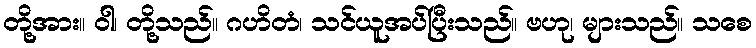
တို့အား။ ဝါ၊ တို့သည်။ ဂဟိတံ၊ သင်ယူအပ်ပြီးသည်။ ဗဟု၊ များသည်။ သစေ